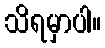
သိရမှာပါ။